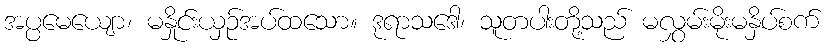
အပ္ပမေယျော၊ မနှိုင်းယှဉ်အပ်ထသော။ ဒုရာသဒေါ၊ သူတပါးတို့သည် မလွှမ်းမိုးမနှိပ်စက်